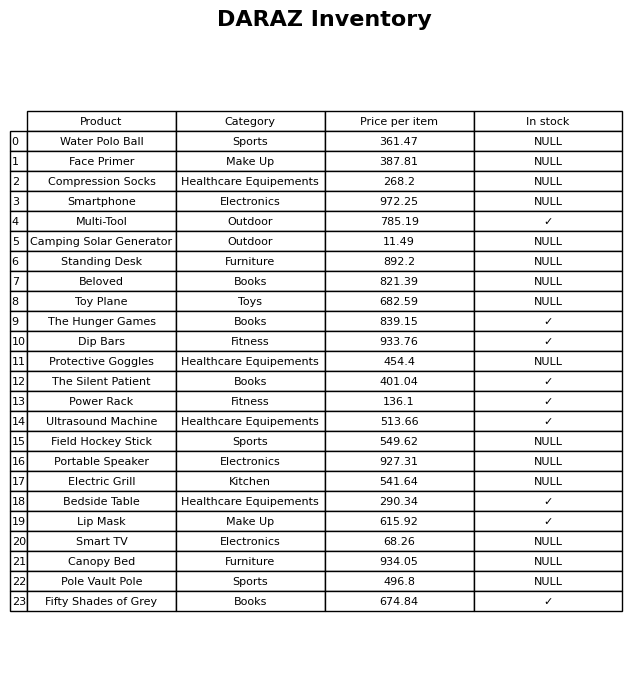
question: Is the Water Polo Ball in stock?
answer: NULL